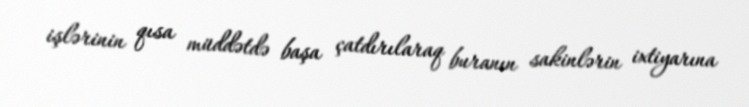
işlərinin qısa müddətdə başa çatdırılaraq buranın sakinlərin ixtiyarına